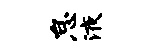
怠液